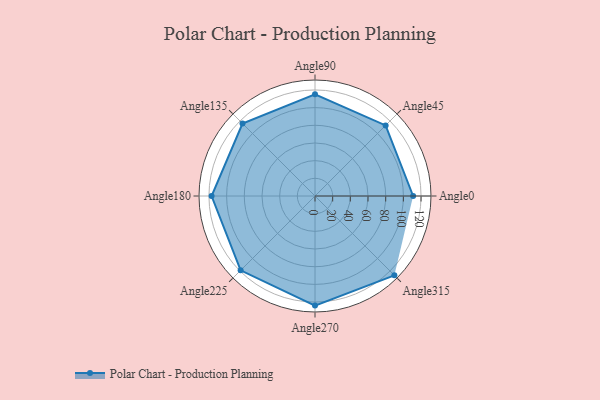
{"axis": {"x": "Angle", "y": "Radius"}, "legend": [""], "data": [{"x": "Angle0", "y": 111.0, "type": ""}, {"x": "Angle45", "y": 113.0, "type": ""}, {"x": "Angle90", "y": 115.0, "type": ""}, {"x": "Angle135", "y": 116.0, "type": ""}, {"x": "Angle180", "y": 117.0, "type": ""}, {"x": "Angle225", "y": 119.0, "type": ""}, {"x": "Angle270", "y": 124.0, "type": ""}, {"x": "Angle315", "y": 127.0, "type": ""}]}